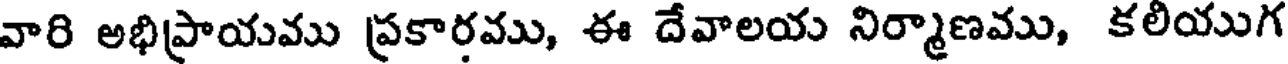
వారి అభిప్రాయము ప్రకారము, ఈ దేవాలయ నిర్మాణము, కలియుగ